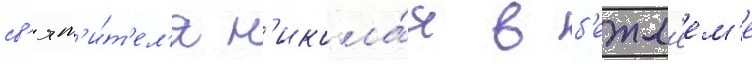
св'ят'и́т'ел'я н'икола́я в б'етл'еем'е